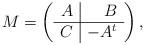
LaTeX: \begin{align*} M=\left(\begin{array}{r|r} A & B \\ \hline C & -A^t \\ \end{array}\right),\end{align*}